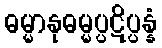
ဓမ္မာနုဓမ္မပ္ပဋိပ္ပန္နံ